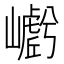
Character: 𭗩